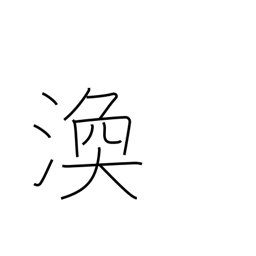
Meaning: scatter